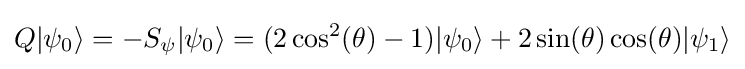
Q|\psi _{0}\rangle =-S_{\psi }|\psi _{0}\rangle =(2\cos ^{2}(\theta )-1)|\psi _{0}\rangle +2\sin(\theta )\cos(\theta )|\psi _{1}\rangle